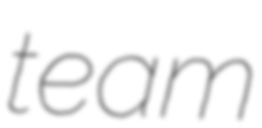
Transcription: team